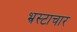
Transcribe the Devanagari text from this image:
भ्रस्टाचार